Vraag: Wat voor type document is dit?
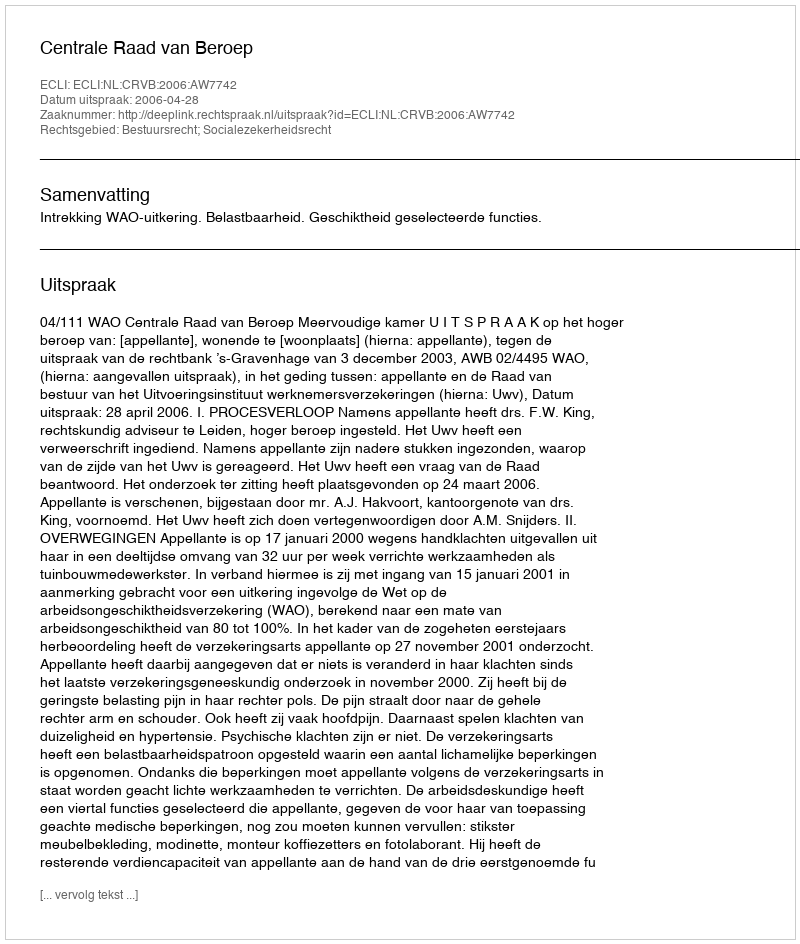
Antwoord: Uitspraak